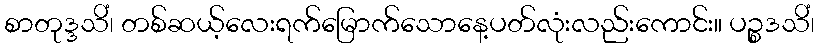
စာတုဒ္ဒသိံ၊ တစ်ဆယ့်လေးရက်မြောက်သောနေ့ပတ်လုံးလည်းကောင်း။ ပဉ္စဒသိံ၊